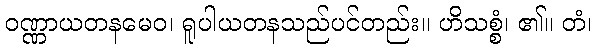
ဝဏ္ဏာယတနမေဝ၊ ရူပါယတနသည်ပင်တည်း။ ဟိသစ္စံ၊ ၏။ တံ၊